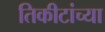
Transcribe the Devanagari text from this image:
तिकीटांच्या